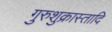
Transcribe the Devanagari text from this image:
गुरुशुक्रास्तादि